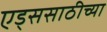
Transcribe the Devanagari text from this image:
एड्ससाठीच्या